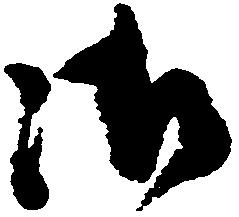
御